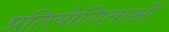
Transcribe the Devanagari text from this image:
प्रतियोगिताओँ